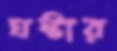
ঘন্টার